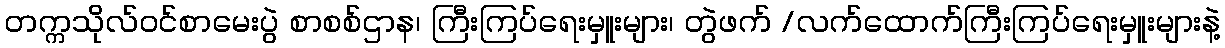
တက္ကသိုလ်ဝင်စာမေးပွဲ စာစစ်ဌာန၊ ကြီးကြပ်ရေးမှူးများ၊ တွဲဖက် /လက်ထောက်ကြီးကြပ်ရေးမှူးများနဲ့